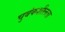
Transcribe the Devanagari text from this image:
चुबंकशीलता